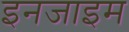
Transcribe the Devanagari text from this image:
इनजाइम